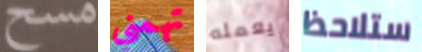
مسح تهمني يعمله ستلاحظ